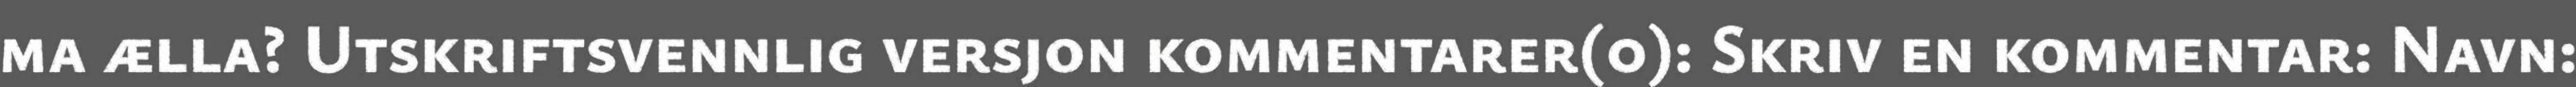
ma ælla? Utskriftsvennlig versjon kommentarer(0): Skriv en kommentar: Navn: